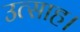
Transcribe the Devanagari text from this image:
उत्‍साह।